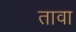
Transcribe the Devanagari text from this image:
तावा